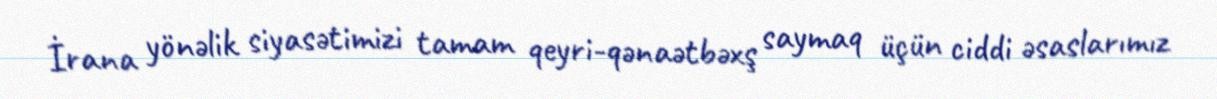
İrana yönəlik siyasətimizi tamam qeyri-qənaətbəxş saymaq üçün ciddi əsaslarımız